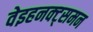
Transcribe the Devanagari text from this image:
वेइहनक्ट्समन